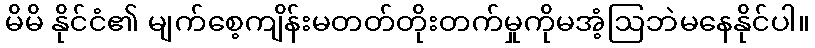
မိမိ နိုင်ငံ၏ မျက်စေ့ကျိန်းမတတ်တိုးတက်မှုကိုမအံ့ဩဘဲမနေနိုင်ပါ။